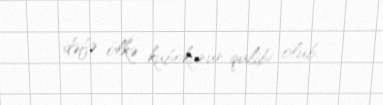
dəfə ölkə kubokunun qalibi olub.